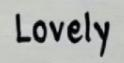
Lovely